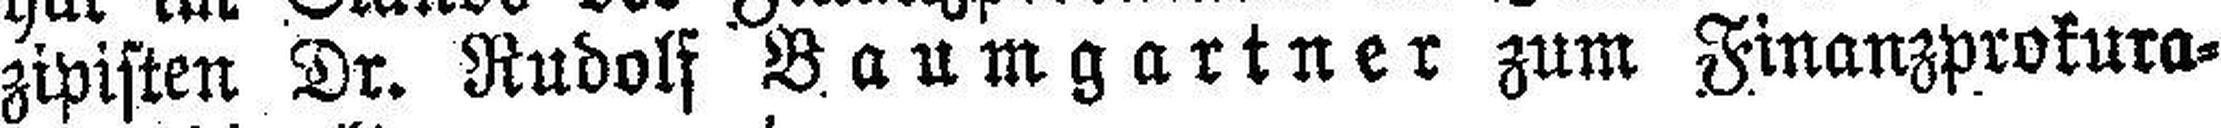
zipisten Dr. Rudolf Baumgartner zum Finanzprokura¬